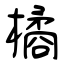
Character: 橘